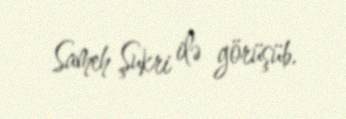
Sameh Şukri ilə görüşüb.